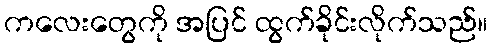
ကလေးတွေကို အပြင် ထွက်ခိုင်းလိုက်သည်။